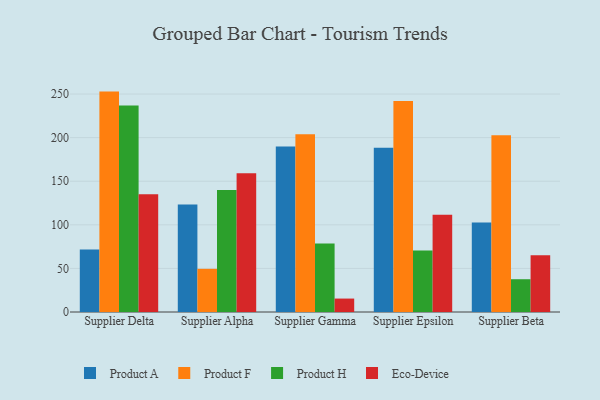
{"axis": {"x": "Supplier", "y": "Shipments"}, "legend": ["Eco-Device", "Product A", "Product F", "Product H"], "data": [{"x": "Supplier Delta", "y": 71.6, "type": "Product A"}, {"x": "Supplier Delta", "y": 252.8, "type": "Product F"}, {"x": "Supplier Delta", "y": 236.8, "type": "Product H"}, {"x": "Supplier Delta", "y": 135.0, "type": "Eco-Device"}, {"x": "Supplier Alpha", "y": 123.2, "type": "Product A"}, {"x": "Supplier Alpha", "y": 49.5, "type": "Product F"}, {"x": "Supplier Alpha", "y": 139.9, "type": "Product H"}, {"x": "Supplier Alpha", "y": 159.1, "type": "Eco-Device"}, {"x": "Supplier Gamma", "y": 189.9, "type": "Product A"}, {"x": "Supplier Gamma", "y": 203.8, "type": "Product F"}, {"x": "Supplier Gamma", "y": 78.6, "type": "Product H"}, {"x": "Supplier Gamma", "y": 15.4, "type": "Eco-Device"}, {"x": "Supplier Epsilon", "y": 188.4, "type": "Product A"}, {"x": "Supplier Epsilon", "y": 242.0, "type": "Product F"}, {"x": "Supplier Epsilon", "y": 70.5, "type": "Product H"}, {"x": "Supplier Epsilon", "y": 111.6, "type": "Eco-Device"}, {"x": "Supplier Beta", "y": 102.6, "type": "Product A"}, {"x": "Supplier Beta", "y": 202.6, "type": "Product F"}, {"x": "Supplier Beta", "y": 37.6, "type": "Product H"}, {"x": "Supplier Beta", "y": 65.2, "type": "Eco-Device"}]}